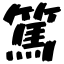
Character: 篤